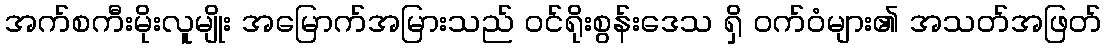
အက်စကီးမိုးလူမျိုး အမြောက်အမြားသည် ဝင်ရိုးစွန်းဒေသ ရှိ ဝက်ဝံများ၏ အသတ်အဖြတ်